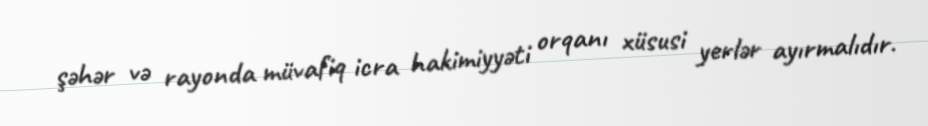
şəhər və rayonda müvafiq icra hakimiyyəti orqanı xüsusi yerlər ayırmalıdır.